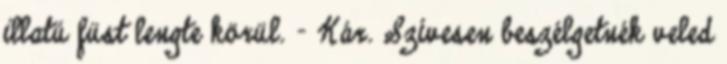
illatú füst lengte körül. - Kár. Szívesen beszélgetnék veled